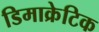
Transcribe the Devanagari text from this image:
डिमाक्रेटिक